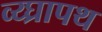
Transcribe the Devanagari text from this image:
व्य्घ्रापथ